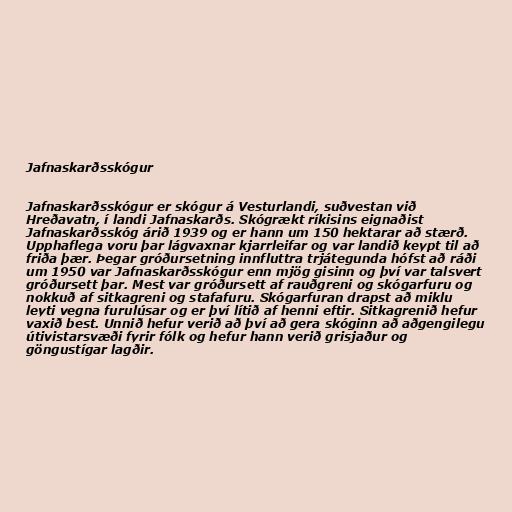
Jafnaskarðsskógur

Jafnaskarðsskógur er skógur á Vesturlandi, suðvestan við
Hreðavatn, í landi Jafnaskarðs. Skógrækt ríkisins eignaðist
Jafnaskarðsskóg árið 1939 og er hann um 150 hektarar að stærð.
Upphaflega voru þar lágvaxnar kjarrleifar og var landið keypt til að
friða þær. Þegar gróðursetning innfluttra trjátegunda hófst að ráði
um 1950 var Jafnaskarðsskógur enn mjög gisinn og því var talsvert
gróðursett þar. Mest var gróðursett af rauðgreni og skógarfuru og
nokkuð af sitkagreni og stafafuru. Skógarfuran drapst að miklu
leyti vegna furulúsar og er því lítið af henni eftir. Sitkagrenið hefur
vaxið best. Unnið hefur verið að því að gera skóginn að aðgengilegu
útivistarsvæði fyrir fólk og hefur hann verið grisjaður og
göngustígar lagðir.